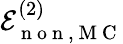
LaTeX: \mathcal{E}_{\mathrm{~n~o~n~},\mathrm{~M~C~}}^{(2)}